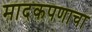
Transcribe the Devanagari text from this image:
मादकपणाचा